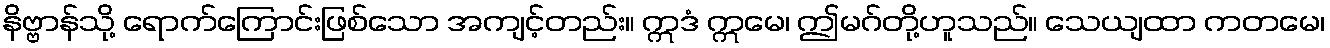
နိဗ္ဗာန်သို့ ရောက်ကြောင်းဖြစ်သော အကျင့်တည်း။ ဣဒံ ဣမေ၊ ဤမဂ်တို့ဟူသည်။ သေယျထာ ကတမေ၊